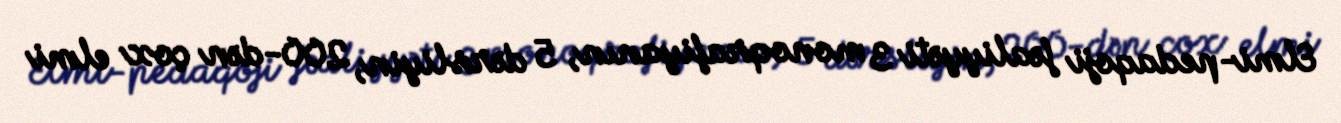
Elmi-pedaqoji fəaliyyəti 3 monoqrafiyanın, 5 dərsliyin, 200-dən çox elmi